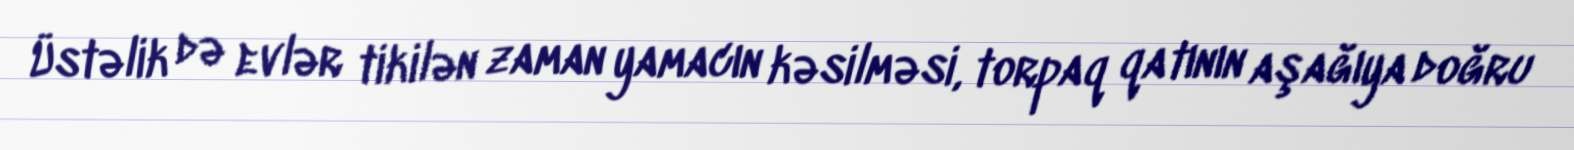
Üstəlik də evlər tikilən zaman yamacın kəsilməsi, torpaq qatının aşağıya doğru